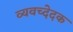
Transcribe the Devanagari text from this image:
व्यवच्देदक